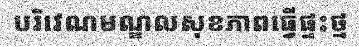
បរិវេណមណ្ឌលសុខភាពធ្វើផ្ទះថ្ម